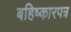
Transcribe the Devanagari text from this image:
बहिष्कारपत्र